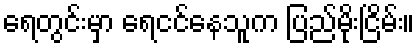
ရေတွင်းမှာ ရေငင်နေသူက ပြည်မိုးငြိမ်း။